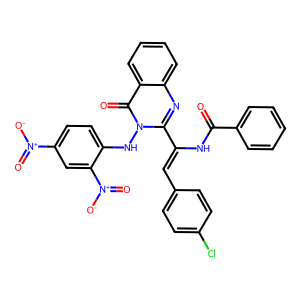
SMILES: O=C(NC(=Cc1ccc(Cl)cc1)c1nc2ccccc2c(=O)n1Nc1ccc([N+](=O)[O-])cc1[N+](=O)[O-])c1ccccc1
Inhibits HIV replication: No